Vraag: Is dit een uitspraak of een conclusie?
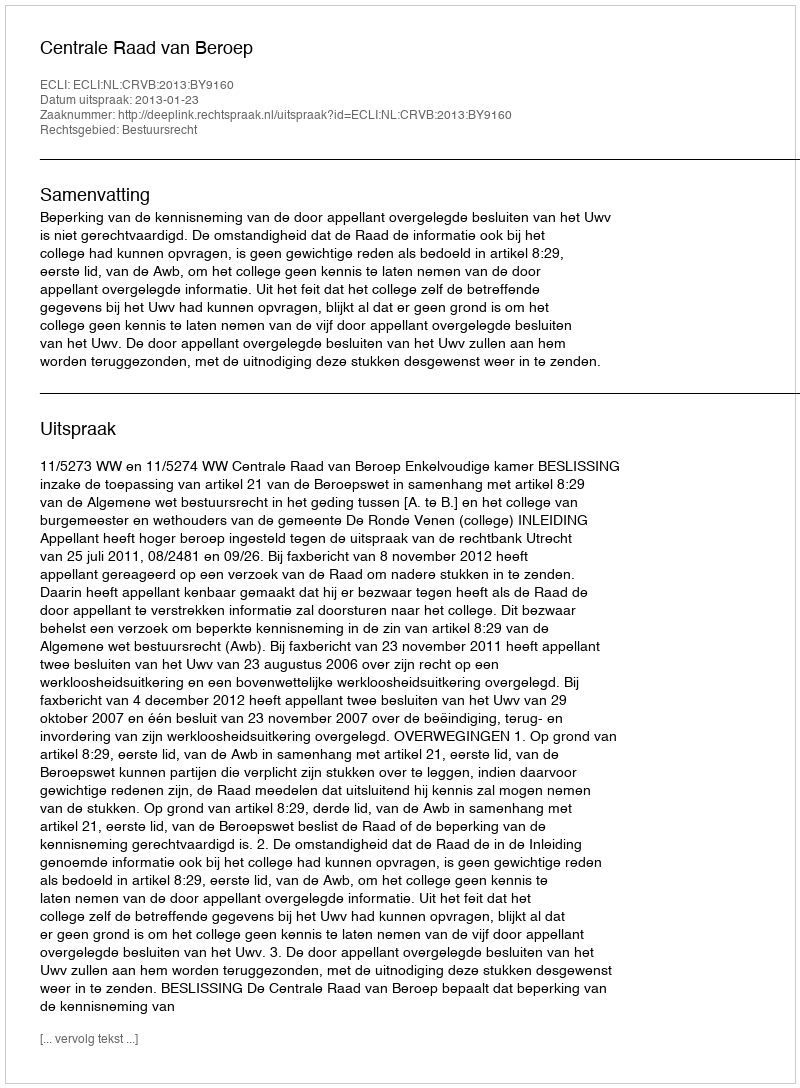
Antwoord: Uitspraak